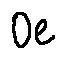
0 e